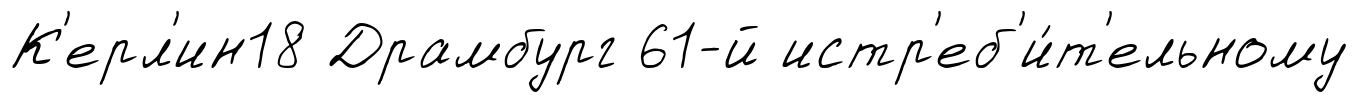
К'ерл'ин18 Драмбург 61-й истр'еб'и́т'ельному